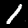
Label: 1